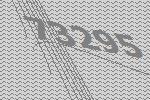
73295